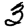
Digit: 3